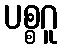
ပစ္စဂူ